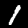
Digit: 1